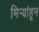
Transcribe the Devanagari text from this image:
मिऱ्यांहून